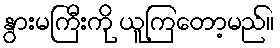
နွားမကြီးကို ယူကြတော့မည်။